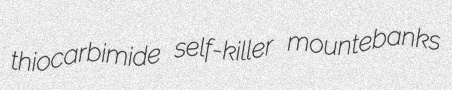
thiocarbimide self-killer mountebanks